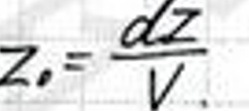
$Z _ { 0 } = \frac { d Z } { V }$